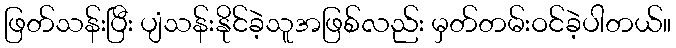
ဖြတ်သန်းပြီး ပျံသန်းနိုင်ခဲ့သူအဖြစ်လည်း မှတ်တမ်းဝင်ခဲ့ပါတယ်။